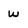
Character: w